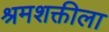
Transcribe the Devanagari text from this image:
श्रमशक्तीला